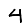
Digit: 4